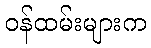
ဝန်ထမ်းများက